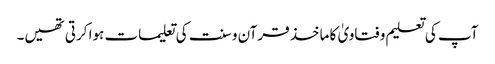
آپ کی تعلیم و فتاویٰ کا ماخذ قرآن و سنت کی تعلیمات ہوا کرتی تھیں۔